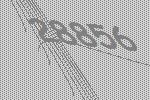
28856